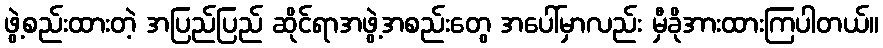
ဖွဲ့စည်းထားတဲ့ အပြည်ပြည် ဆိုင်ရာအဖွဲ့အစည်းတွေ အပေါ်မှာလည်း မှီခိုအားထားကြပါတယ်။